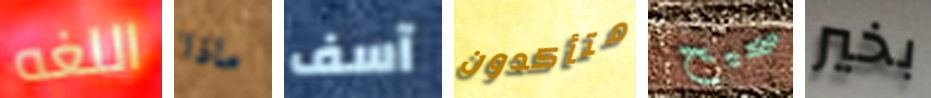
اللغه ماذا آسف متأكدون صحيح بخير